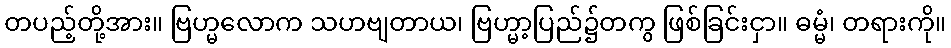
တပည့်တို့အား။ ဗြဟ္မလောက သဟဗျတာယ၊ ဗြဟ္မာ့ပြည်၌တကွ ဖြစ်ခြင်းငှာ။ ဓမ္မံ၊ တရားကို။